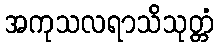
အကုသလရာသိသုတ္တံ